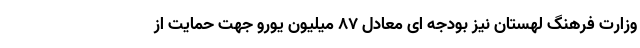
وزارت فرهنگ لهستان نيز بودجه اى معادل ٨٧ ميليون يورو جهت حمايت از